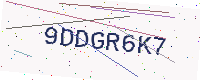
Text: 9DDGR6K7